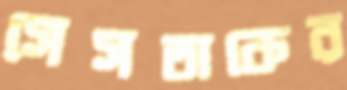
সেসতাকের